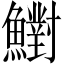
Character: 𩼷